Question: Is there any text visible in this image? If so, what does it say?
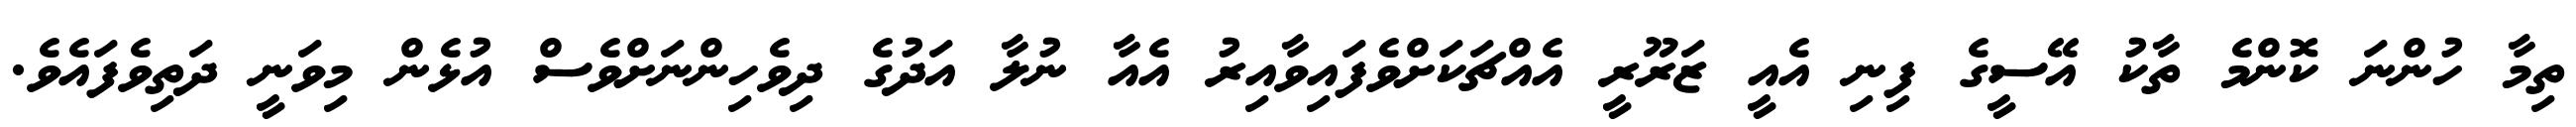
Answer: ތިމާ ހުންނަ ކޮންމެ ތާކު އޭސީގެ ފިނި އެއީ ޒަރޫރީ އެއްޗަކަށްވެފައިވާއިރު އެއާ ނުލާ އަދުގެ ދިވެހިންނަށްވެސް އުޅެން މިވަނީ ދަތިވެފައެވެ.